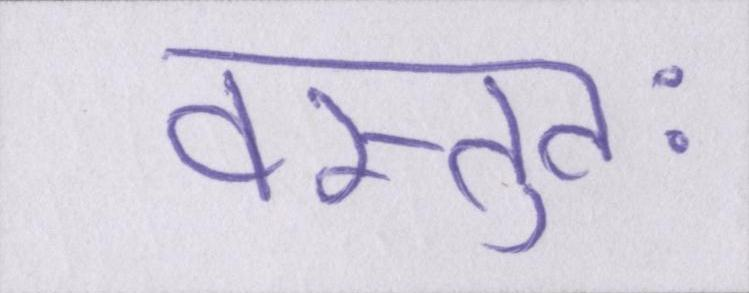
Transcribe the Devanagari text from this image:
वस्तुतः